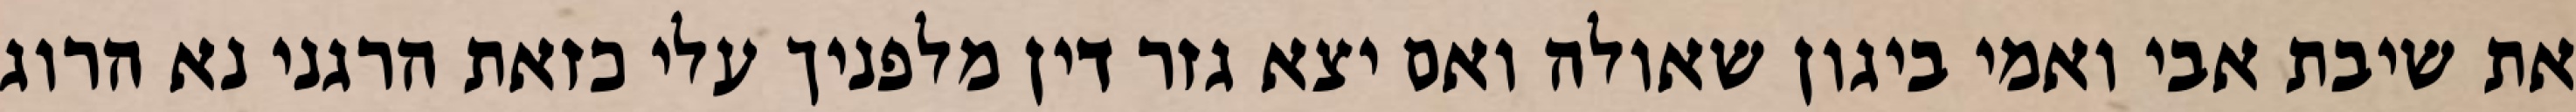
את שיבת אבי ואמי ביגון שאולה ואם יצא גזר דין מלפניך עלי כזאת הרגני נא הרוג